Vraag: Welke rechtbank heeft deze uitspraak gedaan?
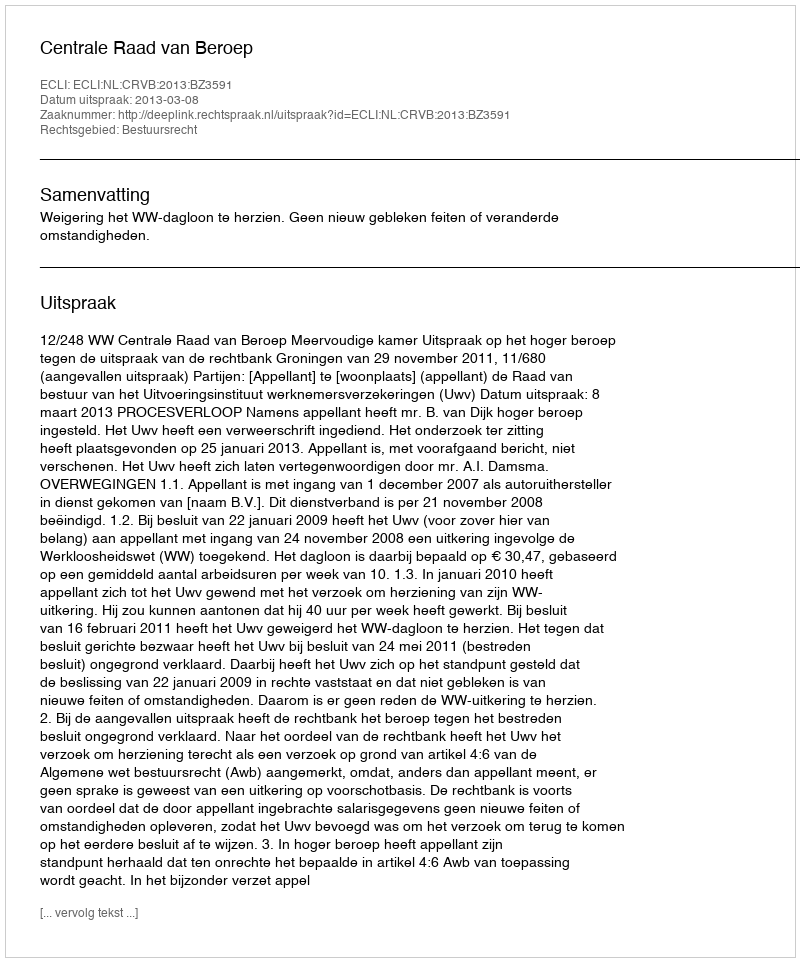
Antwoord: Centrale Raad van Beroep